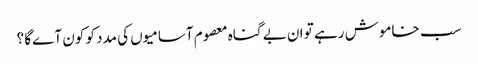
سب خاموش رہے تو ان بے گناہ معصوم آسامیوں کی مدد کو کون آےگا ؟